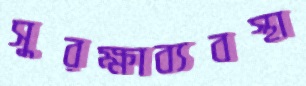
সুরক্ষাব্যবস্থা